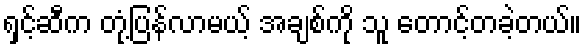
ရှင့်ဆီက တုံ့ပြန်လာမယ့် အချစ်ကို သူ တောင့်တခဲ့တယ်။